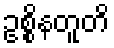
ဥစ္စိနတူတိ